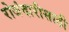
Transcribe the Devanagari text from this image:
रोजंदारीसाठी